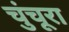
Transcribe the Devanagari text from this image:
चुंचूरा